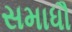
સમાધૌ